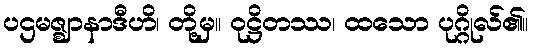
ပဌမဇ္ဈာနာဒီဟိ၊ တို့မှ။ ဝုဋ္ဌိတဿ၊ ထသော ပုဂ္ဂိုလ်၏။